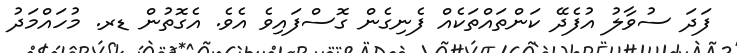
ފަދަ ސުވާލު އުފެދޭ ކަންތައްތަކެއް ފެނިގެން ގޮސްފައިވެ އެވެ. އެގޮތުން ޑރ. މުހައްމަދު